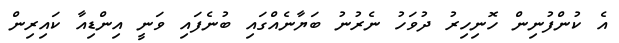
އެ ކުންފުނިން ހޮނިހިރު ދުވަހު ނެރުނު ބަޔާނެއްގައި ބުނެފައި ވަނީ އިންޑިއާ ކައިރިން